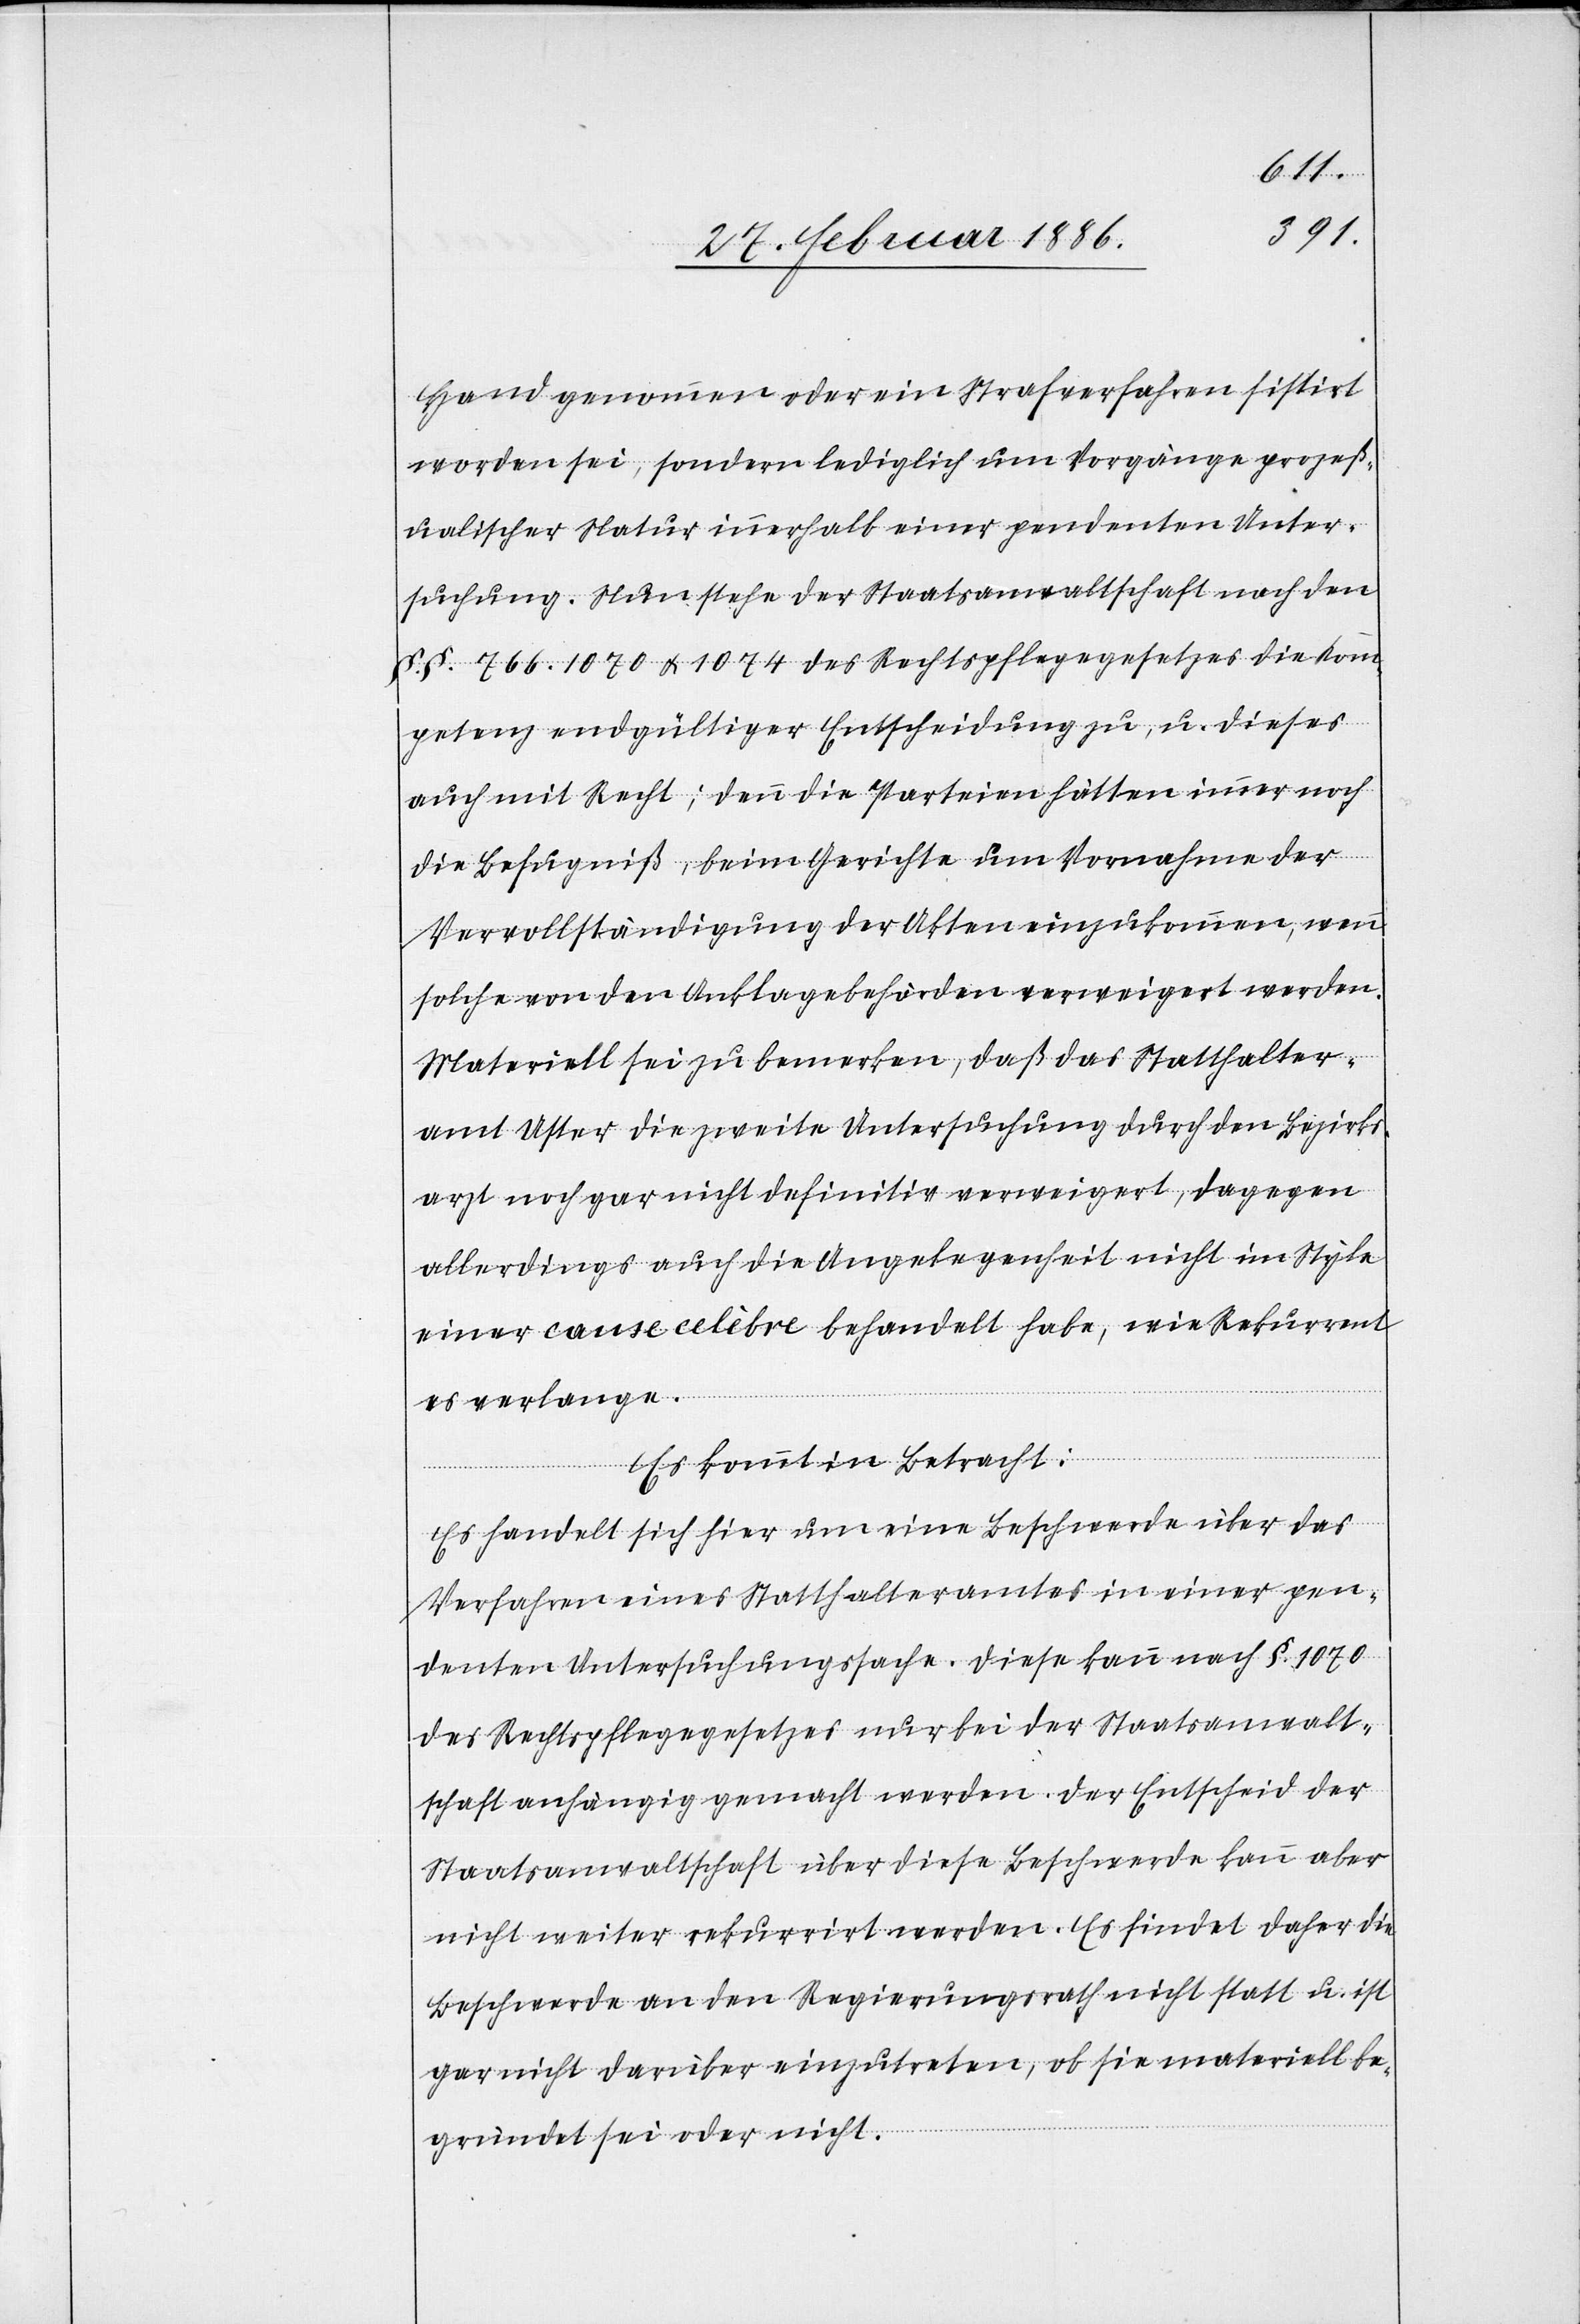
Hand genommen oder ein Strafverfahren sistirt
worden sei, sondern lediglich um Vorgänge prozeß¬
ualischer Natur innerhalb einer pendenten Unter¬
suchung. Nun stehe der Staatsanwaltschaft nach den
§. §. 766, 1070 & 1074 des Rechtspflegegesetzes die Kom¬
petenz endgültiger Entscheidung zu, u. dieses
auch mit Recht; denn die Parteien hätten immer noch
die Befugniß, beim Gerichte um Vornahme der
Vervollständigung der Akten einzukommen, wenn
solche von den Anklagebehörden verweigert werden.
Materiell sei zu bemerken, daß das Statthalter¬
amt Uster die zweite Untersuchung durch den Bezirks¬
arzt noch gar nicht definitiv verweigert, dagegen
allerdings auch die Angelegenheit nicht im Style
einer cause celèbre behandelt habe, wie Rekurrent
es verlange.
Es kommt in Betracht:
Es handelt sich hier um eine Beschwerde über das
Verfahren eines Statthalteramtes in einer pen¬
denten Untersuchungssache. Diese kann nach §. 1070
des Rechtspflegegesetzes nur bei der Staatsanwalt¬
schaft anhängig gemacht werden. Der Entscheid der
Staatsanwaltschaft über diese Beschwerde kann aber
nicht weiter rekurrirt werden. Es findet daher die
Beschwerde an den Regierungsrath nicht statt u. ist
gar nicht darüber einzutreten, ob sie materiell be¬
gründet sei oder nicht